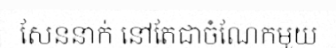
សែននាក់ នៅតែជាចំណែកមួយ